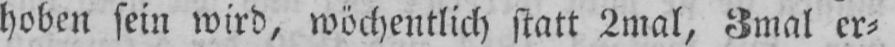
hoben sein wird, wöchentlich statt 2mal, 3mal er⸗